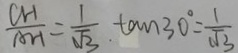
\frac { C H } { A H } = \frac { 1 } { \sqrt { 3 } } . \tan 3 0 ^ { \circ } = \frac { 1 } { \sqrt { 3 } }